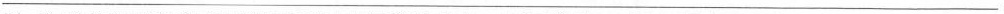
___